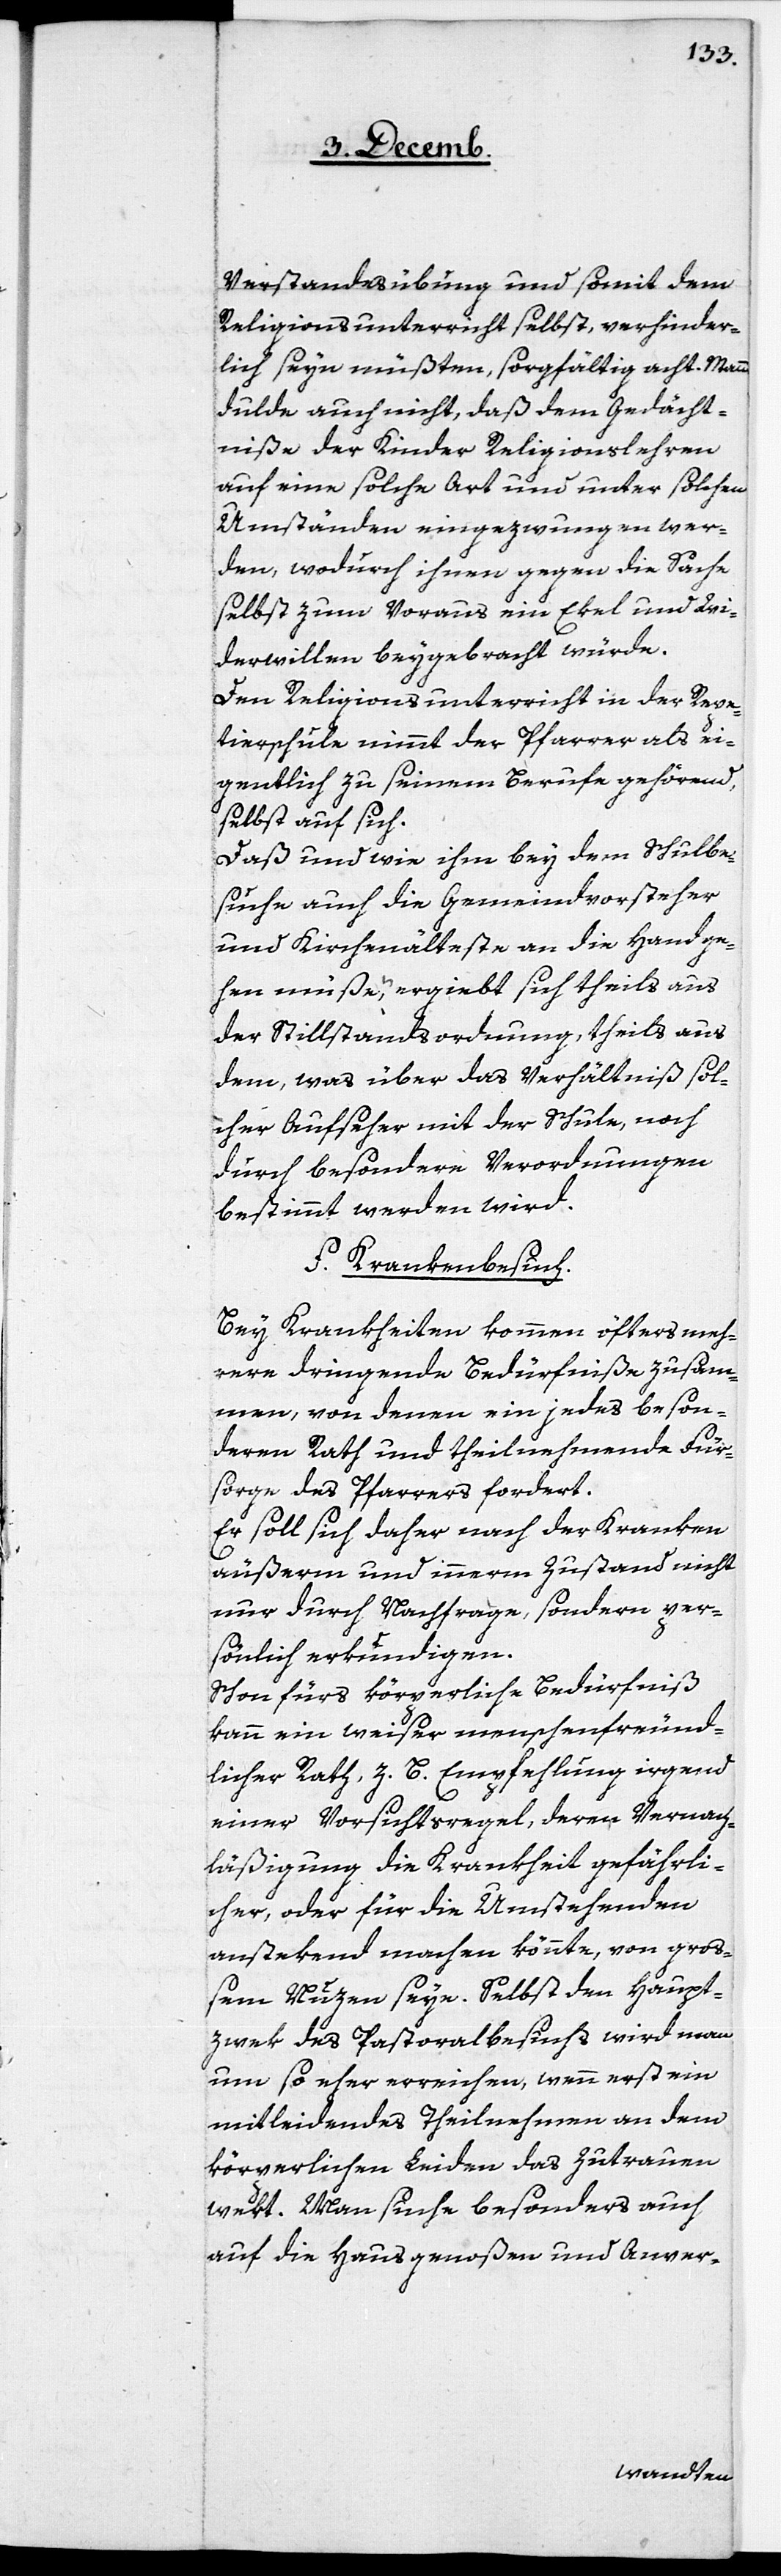
Verstandesübung und somit dem
Religionsunterricht selbst, verhinder¬
lich seyn müßten, sorgfältig acht. Mann
dulde auch nicht, daß dem Gedächt¬
niße der Kinder Religionslehren
auf eine solche Art und unter solchen
Umständen eingezwungen wer¬
den, wodurch ihnen gegen die Sache
selbst zum Voraus ein Ekel und Wi¬
derwillen beygebracht würde.
Den Religionsunterricht in der Repe¬
tierschule nimmt der Pfarrer als ei¬
gentlich zu seinem Berufe gehörend,
selbst auf sich.
Daß und wie ihm bey dem Schulbe¬
suche auch die Gemeindvorsteher
und Kirchenälteste an die Hand ge¬
hen müße, ergiebt sich theils aus
der Stillstandsordnung, theils aus
dem, was über das Verhältniß sol¬
cher Aufseher mit der Schule, noch
durch besondere Verordnungen
bestimmt werden wird.
f. Krankenbesuch.
Bey Krankheiten kommen öfters meh¬
rere dringende Bedürfniße zusam¬
men, von denen ein jedes beson¬
deren Rath und theilnehmende Für¬
sorge des Pfarrers fordert.
Er soll sich daher nach der Kranken
äußerm und innerm Zustand nicht
nur durch Nachfrage, sondern per¬
sönlich erkundigen.
Schon fürs körperliche Bedürfniß
kann ein weiser menschenfreund¬
licher Rath, z. B. Empfehlung irgend
einer Vorsichtsregel, deren Vernach¬
läßigung die Krankheit gefährli¬
cher, oder für die Umstehenden
anstekend machen könnte, von groß¬
em Nuzen seyn. Selbst den Haup¬
zwek des Pastoralbesuchs wird man
um so eher erreichen, wenn erst ein
mitleidendes Theilnehmen an dem
körperlichen Leiden das Zutrauen
wekt. Man suche besonders auch
auf die Hausgenoßen und Anver-